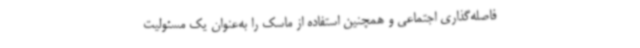
فاصله‌گذاری اجتماعی و همچنین استفاده از ماسک را به‌عنوان یک مسئولیت